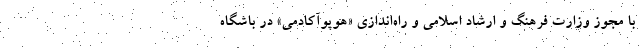
با مجوز وزارت فرهنگ و ارشاد اسلامی و راه‌اندازی «هوپوآکادمی» در باشگاه